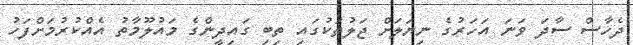
ދެހާސް ސާދަ ވަނަ އަހަރުގެ ނިޔަލަށް ޖަލުތަކުގައި ތިބި ގައިދީންގެ މައުލޫމާތު އެއްކުރުމަށްފަހު